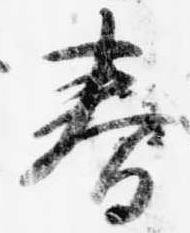
春